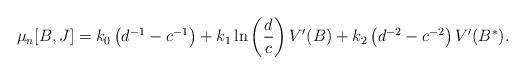
LaTeX: \begin{align*}\mu_n [B,J] = k_0 \left( d^{-1} - c^{-1} \right)+ k_1 \ln \left( \frac d c \right) V'(B) + k_2 \left( d^{-2} - c^{-2} \right) V'(B^*) .\end{align*}